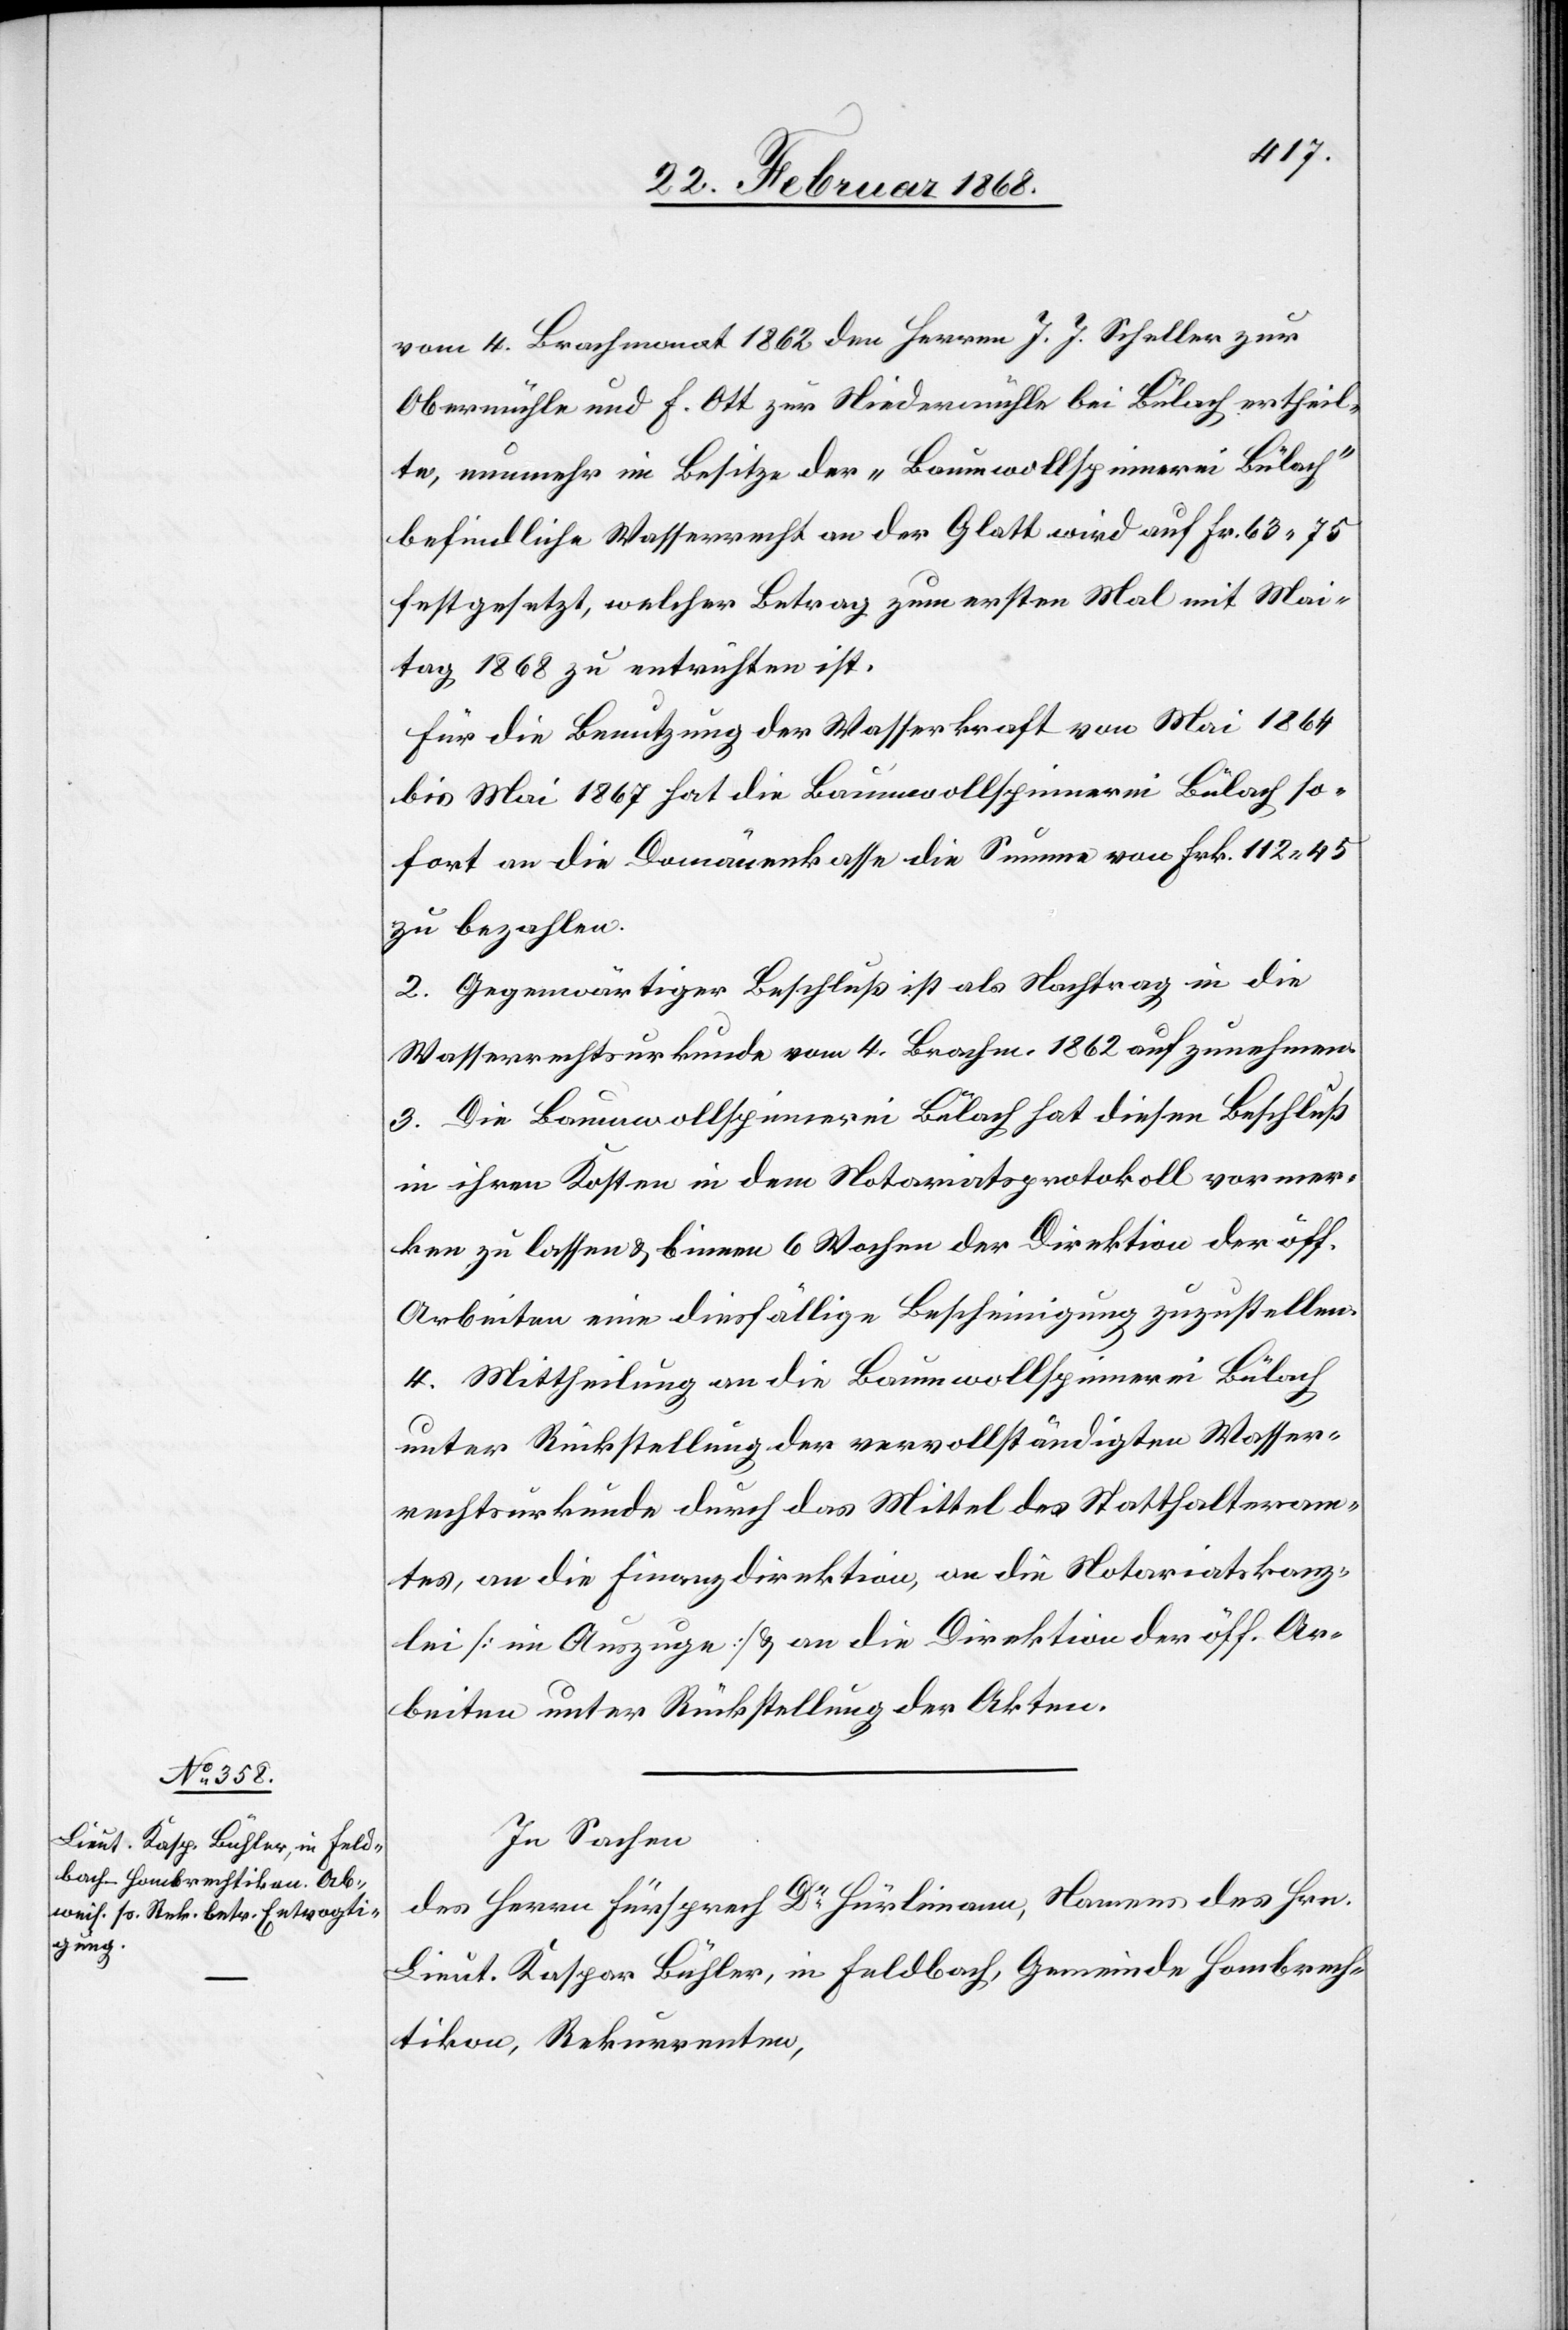
vom 4. Brachmonat 1862 den Herren J. J. Scheller zur
Obermühle und F. Ott zur Niedermühle bei Bülach ertheil¬
te, nunmehr im Besitze der „Baumwollspinnerei Bülach“
befindliche Wasserrecht an der Glatt wird auf Fr. 63. 75
festgesetzt, welcher Betrag zum ersten Mal mit Mai¬
tag 1868 zu entrichten ist.
Für die Benutzung der Wasserkraft von Mai 1864
bis Mai 1867 hat die Baumwollspinnerei Bülach so¬
fort an die Domänenkasse die Summe von Frk. 112. 45
zu bezahlen.
2. Gegenwärtiger Beschluß ist als Nachtrag in die
Wasserrechtsurkunde vom 4. Brachm. 1862 aufzunehmen.
3. Die Baumwollspinnerei Bülach hat diesen Beschluß
in ihren Kosten in dem Notariatsprotokoll vormer¬
ken zu lassen & binnen 6 Wochen der Direktion der öff.
Arbeiten eine diesfällige Bescheinigung zuzustellen.
4. Mittheilung an die Baumwollspinnerei Bülach
unter Rückstellung der vervollständigten Wasser¬
rechtsurkunde durch das Mittel des Statthalteram¬
tes, an die Finanzdirektion, an die Notariatskanz¬
lei [im Auszuge] & an die Direktion der öff. Ar¬
beiten unter Rückstellung der Akten.
In Sachen
des Herrn Fürsprech Dr. Hürlimann, Namens des Hrn.
Lieut. Kaspar Bühler, in Feldbach, Gemeinde Hombrech¬
tikon, Rekurrenten,